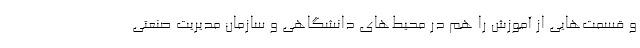
و قسمت‌هایی از آموزش را هم در محیط‌های دانشگاهی و سازمان مدیریت صنعتی